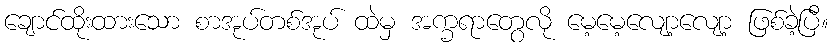
ချောင်ထိုးထားသော စာအုပ်တစ်အုပ် ထဲမှ အက္ခရာတွေလို မေ့မေ့လျော့လျော့ ဖြစ်ခဲ့ပြီ။